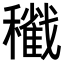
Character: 𥣩